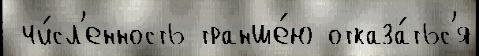
 чи́сл'енность транше́ю отказа́тьс'я